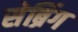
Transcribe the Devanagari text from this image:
सेब्रिंग